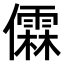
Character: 𫣼